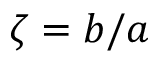
\zeta = b / a